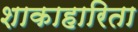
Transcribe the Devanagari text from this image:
शाकाहारिता